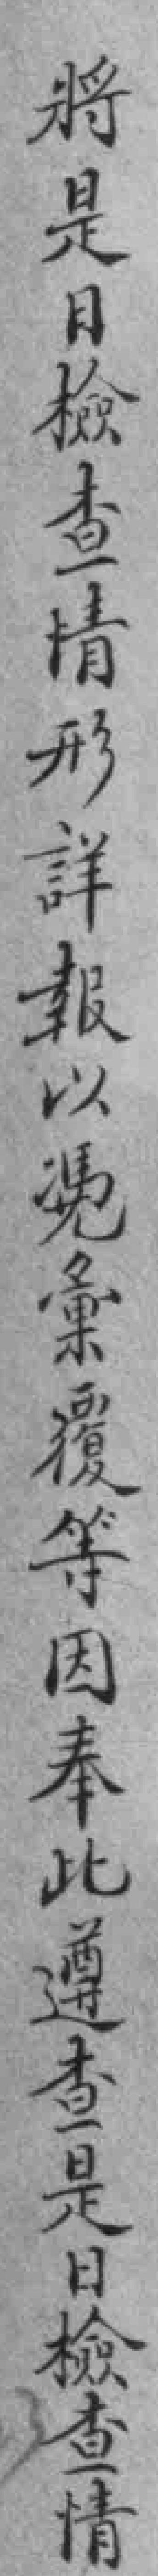
將是日檢查情形詳報以𠗦彙覆等因奉此遵查是日檢查情